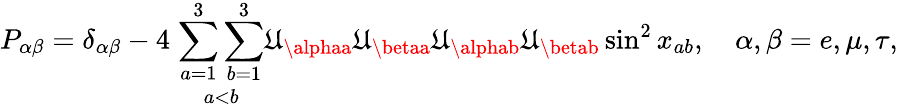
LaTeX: P_{\alpha\beta}=\delta_{\alpha\beta}-4\; \underset{a<b}{\sum_{a=1}^{3}\sum_{b=1}^{3}}\mathfrak{U}_{\alphaa}\mathfrak{U}_{\betaa}\mathfrak{U}_{\alphab}\mathfrak{U}_{\betab}\sin^{2}x_{ab},\quad\alpha,\beta=e,\mu,\tau,